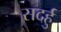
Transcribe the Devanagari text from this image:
सदर्हु